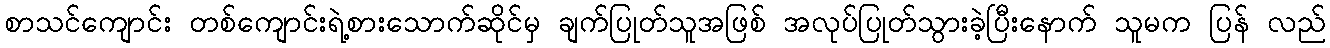
စာသင်ကျောင်း တစ်ကျောင်းရဲ့စားသောက်ဆိုင်မှ ချက်ပြုတ်သူအဖြစ် အလုပ်ပြုတ်သွားခဲ့ပြီးနောက် သူမက ပြန် လည်